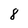
Character: 8